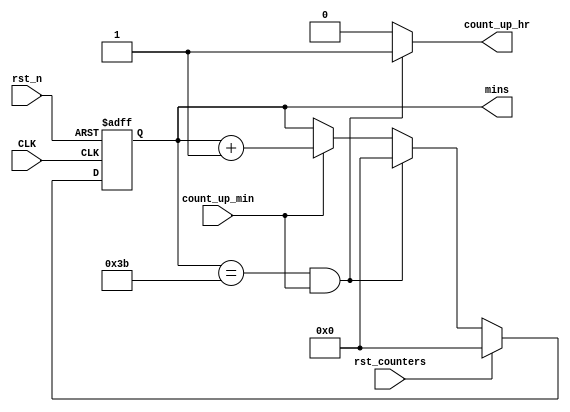
module clk_count_min
(
	input  wire 	  CLK,
	input  wire 	  rst_n,
	input  wire       rst_counters,
	input  wire       count_up_min,
	output wire       count_up_hr,
	output reg  [7:0] mins
);

always @(posedge CLK,negedge rst_n) begin
	if (!rst_n) begin
		mins <= 8'b0;
	end
	else if (rst_counters) begin
	    mins <= 8'b0;
    end
	else if (mins == 8'd59 && count_up_min) begin
		mins <= 8'b0;
	end
	else if (count_up_min) begin
		mins <= mins + 1'b1;
    end
end

assign count_up_hr = (mins == 8'd59 && count_up_min)? 1'b1:1'b0;

endmodule